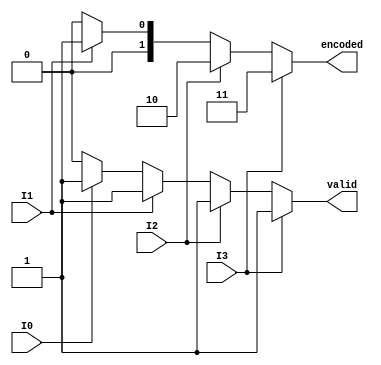
module DualPriorityEncoder (
    input wire I0,  // Input 0 (lowest priority)
    input wire I1,  // Input 1
    input wire I2,  // Input 2
    input wire I3,  // Input 3 (highest priority)
    output reg [1:0] encoded, // 2-bit encoded output
    output reg valid // Output to indicate if any input is active
);

always @(*) begin
    // Default values
    encoded = 2'b00;  // Default output when no inputs are active
    valid = 1'b0;     // Default valid output as low

    // Priority encoding logic
    if (I3) begin
        encoded = 2'b11; // I3 is active
        valid = 1'b1;
    end else if (I2) begin
        encoded = 2'b10; // I2 is active
        valid = 1'b1;
    end else if (I1) begin
        encoded = 2'b01; // I1 is active
        valid = 1'b1;
    end else if (I0) begin
        encoded = 2'b00; // I0 is active
        valid = 1'b1;
    end
end

endmodule